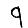
Digit: 9